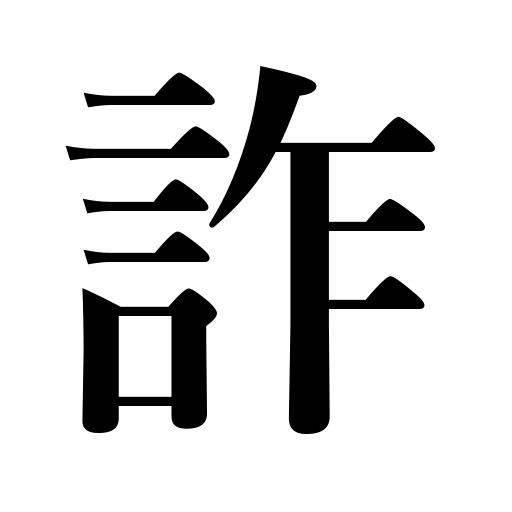
Meanings: lie,deceive,falsify,pretend,cheat